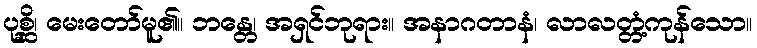
ပုစ္ဆိ၊ မေးတော်မူ၏။ ဘန္တေ၊ အရှင်ဘုရား။ အနာဂတာနံ၊ လာလတ္တံ့ကုန်သော။